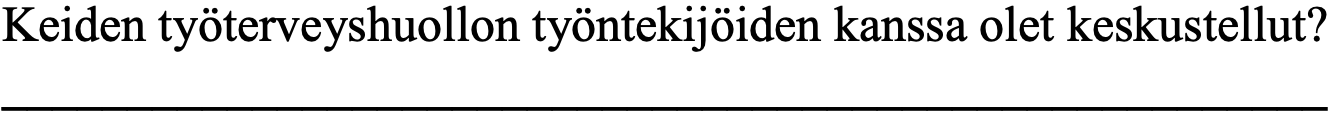
Keiden työterveyshuollon työntekijöiden kanssa olet keskustellut? _____________________________________________________